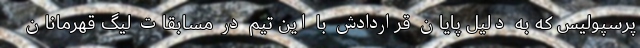
پرسپولیس که به دلیل پایان قراردادش با این تیم در مسابقات لیگ قهرمانان